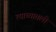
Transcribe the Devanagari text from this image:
त्याच्यातली